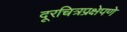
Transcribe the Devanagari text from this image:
दूरचित्रप्रक्षेपणे